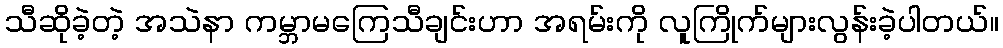
သီဆိုခဲ့တဲ့ အသဲနာ ကမ္ဘာမကြေသီချင်းဟာ အရမ်းကို လူကြိုက်များလွန်းခဲ့ပါတယ်။